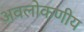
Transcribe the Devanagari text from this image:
अवलोकणीय